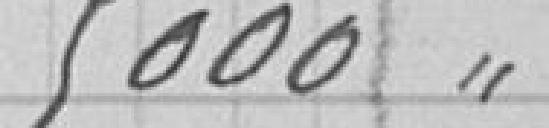
5 000